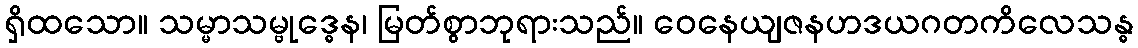
ရှိထသော။ သမ္မာသမ္ဗုဒ္ဓေန၊ မြတ်စွာဘုရားသည်။ ဝေနေယျဇနဟဒယဂတကိလေသန္ဓ